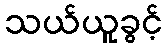
သယ်ယူခွင့်